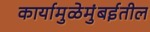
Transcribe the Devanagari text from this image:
कार्यामुळेमुंबईतील